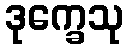
ဒုက္ခေသု